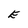
Character: E